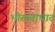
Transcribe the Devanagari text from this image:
भोसलाघाट